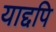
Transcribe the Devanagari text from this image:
याद्दपि